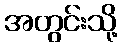
အတွင်းသို့